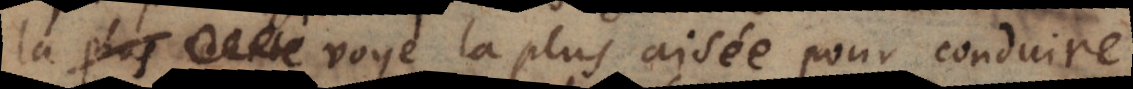
voye la plus aisée pour conduire